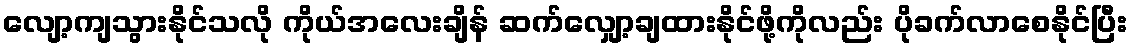
လျော့ကျသွားနိုင်သလို ကိုယ်အလေးချိန် ဆက်လျှော့ချထားနိုင်ဖို့ကိုလည်း ပိုခက်လာစေနိုင်ပြီး